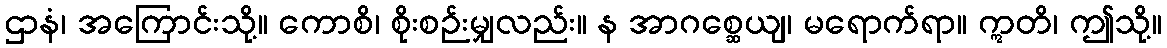
ဌာနံ၊ အကြောင်းသို့။ ကောစိ၊ စိုးစဉ်းမျှလည်း။ န အာဂစ္ဆေယျ၊ မရောက်ရာ။ ဣတိ၊ ဤသို့။